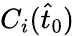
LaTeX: C_{i}(\hat{t}_{0})